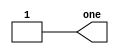
module top_module( output one );

// Insert your code here
    assign one = 1;
    //my solution is 1, suggested is 1'b1

endmodule